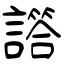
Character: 譗